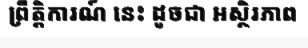
ព្រឹត្តិការណ៍ នេះ ដូចជា អស្ថិរភាព